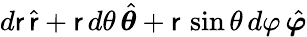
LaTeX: d\mathsf{r}\, {\hat{{\mathbf{{\mathsf{r}}}}}}+\mathsf{r}\, d\theta\, {\hat{{\boldsymbol{\theta}}}}+\mathsf{r}\, \sin\theta\, d\varphi\, {\hat{{\boldsymbol{\varphi}}}}